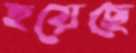
হয়েছে